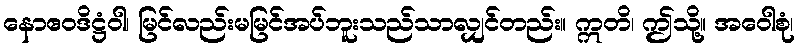
နောဧဝဒိဋ္ဌံဝါ၊ မြင်လည်းမမြင်အပ်ဘူးသည်သာလျှင်တည်း။ ဣတိ၊ ဤသို့။ အဝေါစုံ၊